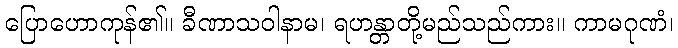
ပြောဟောကုန်၏။ ခီဏာသဝါနာမ၊ ရဟန္တာတို့မည်သည်ကား။ ကာမဂုဏံ၊